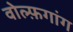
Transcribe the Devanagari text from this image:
वोल्फ़गांग